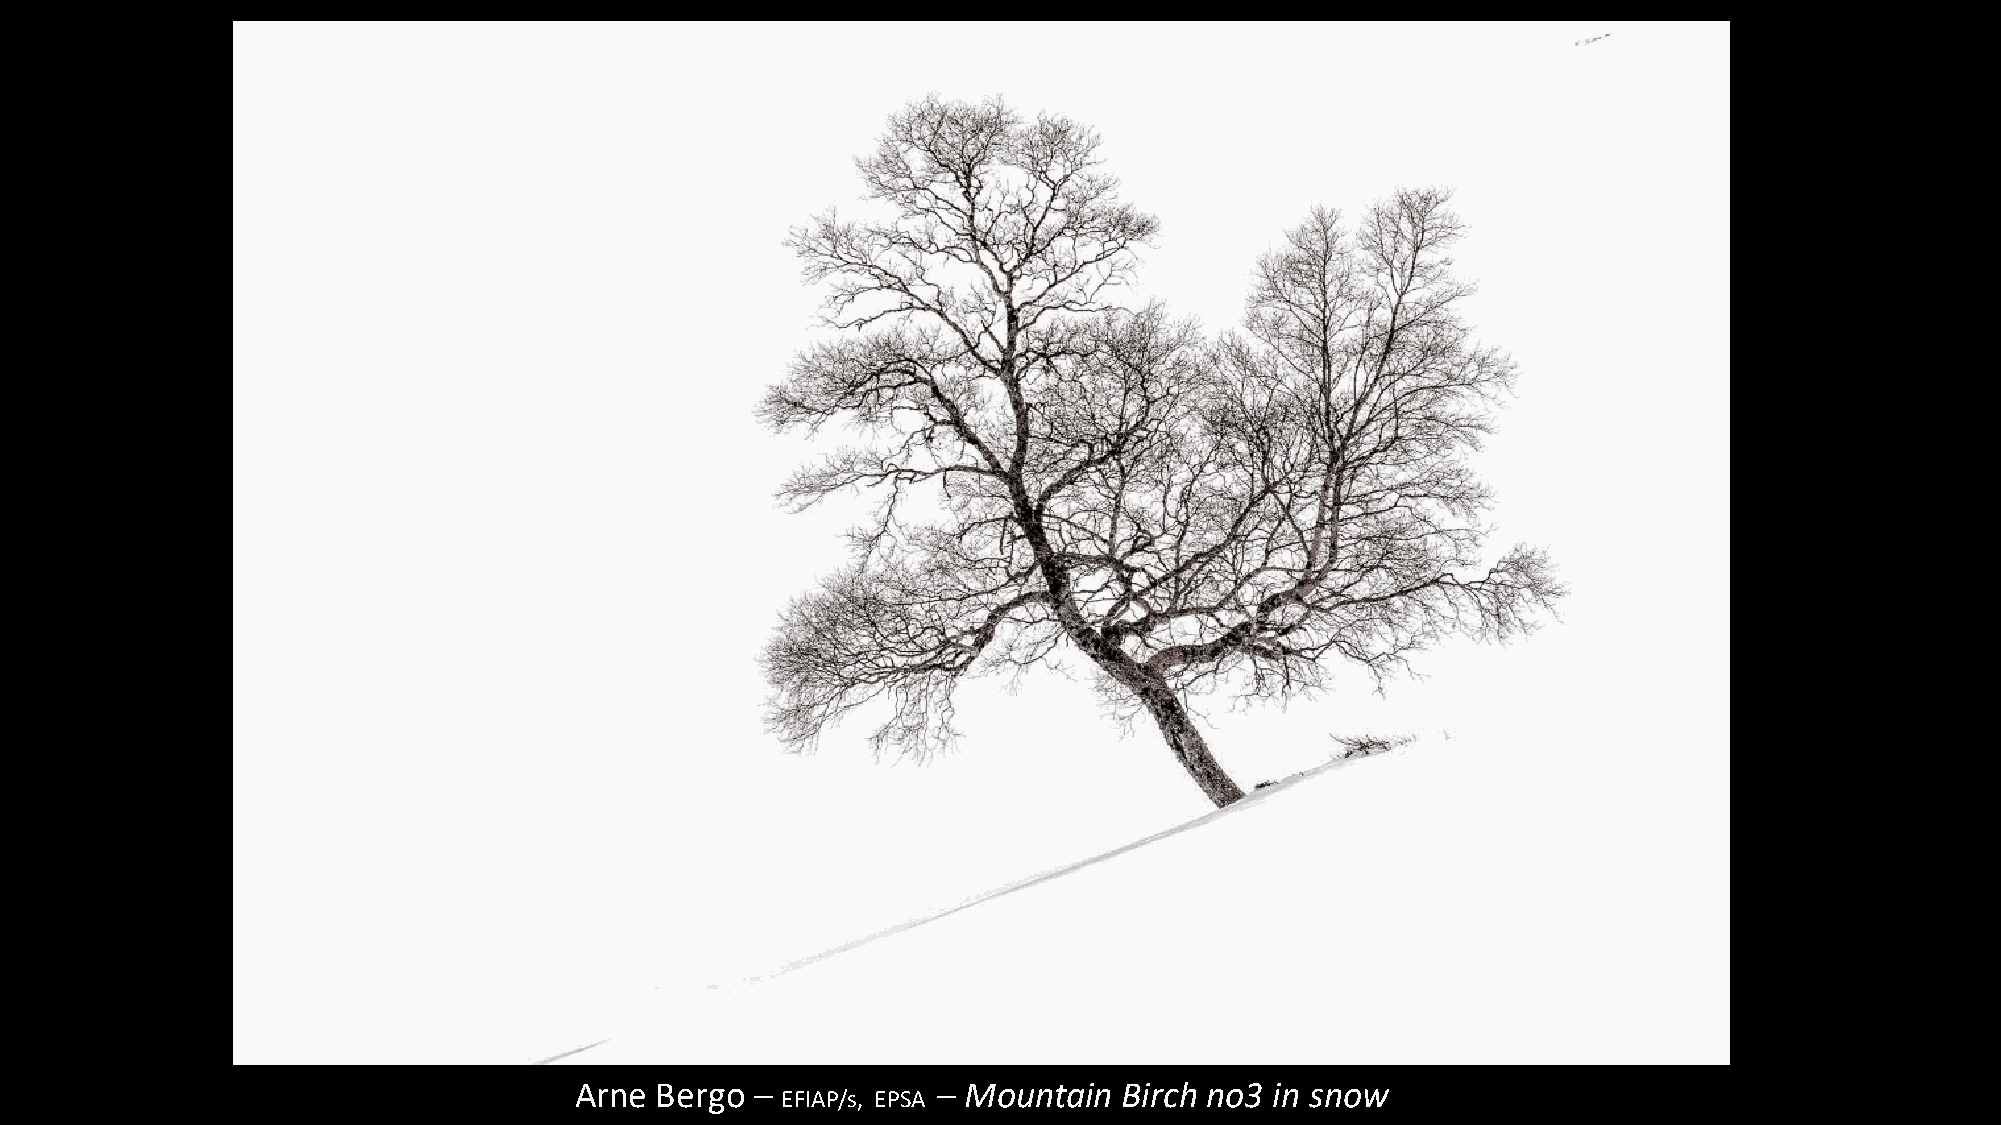
Arne Bergo  –           – Mountain  Birch no3 in snow
 EFIAP/s, EPSA